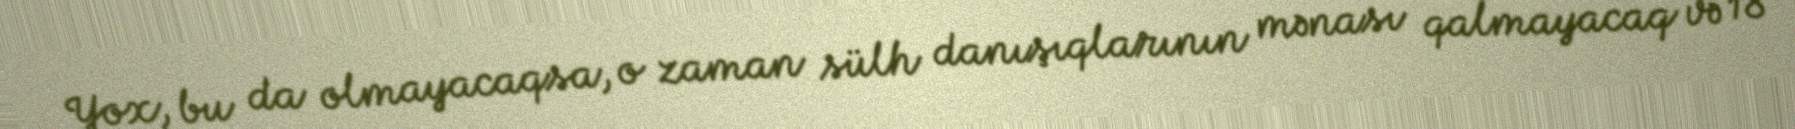
Yox, bu da olmayacaqsa, o zaman sülh danışıqlarının mənası qalmayacaq və 18